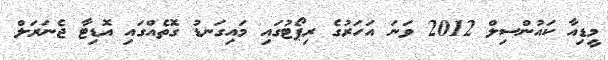
މީޑިއާ ކައުންސިލް 2012 ވަނަ އަހަރުގެ ރިޕޯޓުގައި މައިގަނޑު ގޮތެއްގައި އޮޑިޓާ ޖެނަރަލް